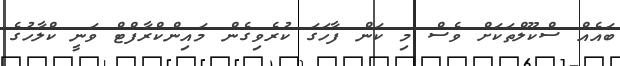
ބައެއް ސްކޫލްތަކަށް ވެސް މި ކަން ފާހަގަ ކުރެވިގެން މައިންކްރާފްޓް ވަނީ ކްލާހުގެ